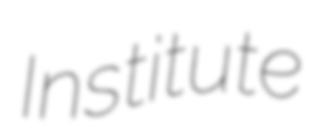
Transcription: Institute